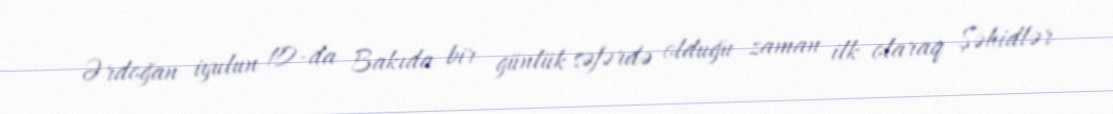
Ərdoğan iyulun 10-da Bakıda bir günlük səfərdə olduğu zaman ilk olaraq Şəhidlər